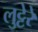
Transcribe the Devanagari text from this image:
लुट्टेरे